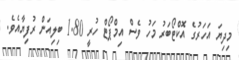
މިދިޔަ އަހަރުގެ އޮކްޓޯބަރު މަހު ވެސް އިމްޕޯޓް ހުރީ 1.80 ބިލިއަން ރުފިޔާއެވެ.